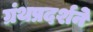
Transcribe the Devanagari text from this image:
ग्रंथप्रदर्शने